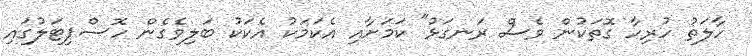
ހާލަތު ހުރިހާ ގޮތަކުން ވެސް ރަނގަޅު" ކަމަށާއި އެކަމަކު އެކަކު ބަލިވެގެން ހޮސްޕިޓަލުގައި